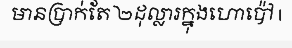
មានប្រាក់តែ ២ដុល្លារក្នុងហោប៉ៅ |